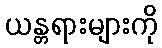
ယန္တရားများကို